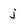
Character: j